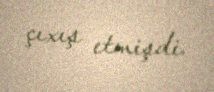
çıxış etmişdi.